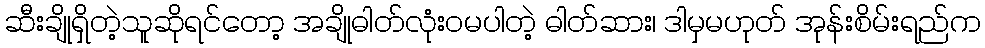
ဆီးချိုရှိတဲ့သူဆိုရင်တော့ အချိုဓါတ်လုံးဝမပါတဲ့ ဓါတ်ဆား၊ ဒါမှမဟုတ် အုန်းစိမ်းရည်က